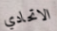
الاتحادي